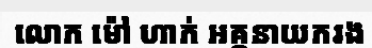
លោក ម៉ៅ ហាក់ អគ្គនាយករង